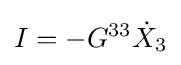
I=-G^{33}{\dot {X}}_{3}